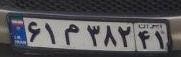
۶۱م۳۸۲۴۱